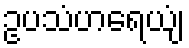
ဥပသံဟရေယျံ